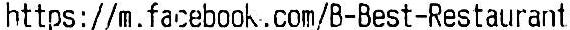
HTTPS://M.FACEBOOK.COM/B-BEST-RESTAURANT